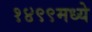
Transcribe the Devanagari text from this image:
१४९९मध्ये